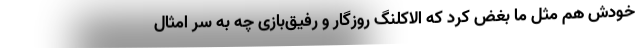
خودش هم مثل ما بغض کرد که الاکلنگ روزگار و رفیق‌بازی چه به سر امثال